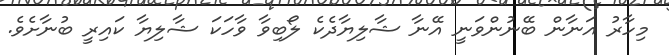
މިހާރު އަނާން ބޭނުންވަނީ އޭނާ ޝާލިޔާދެކެ ލޯބިވާ ވާހަކަ ޝާލިޔާ ކައިރީ ބުނާށެވެ.